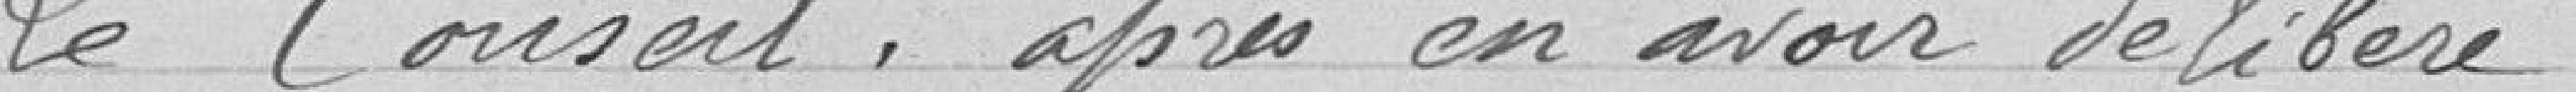
Le Conseil, après en avoir délibéré.